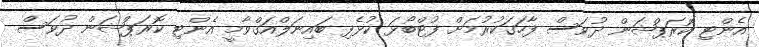
އެންޓި ކޮރަޕްޝަން ދުވަސް ފާހަގަކުރުމަށް ފުޓްބޯޅަ ކުޅެފި ބައިނަލްއަގްވާމީ އެންޓި ކޮރަޕްޝަން ދުވަސް